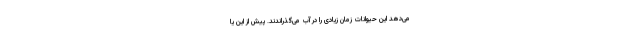
می‌دهد این حیوانات زمان زیادی را در آب می‌گذراندند. پیش از این یا